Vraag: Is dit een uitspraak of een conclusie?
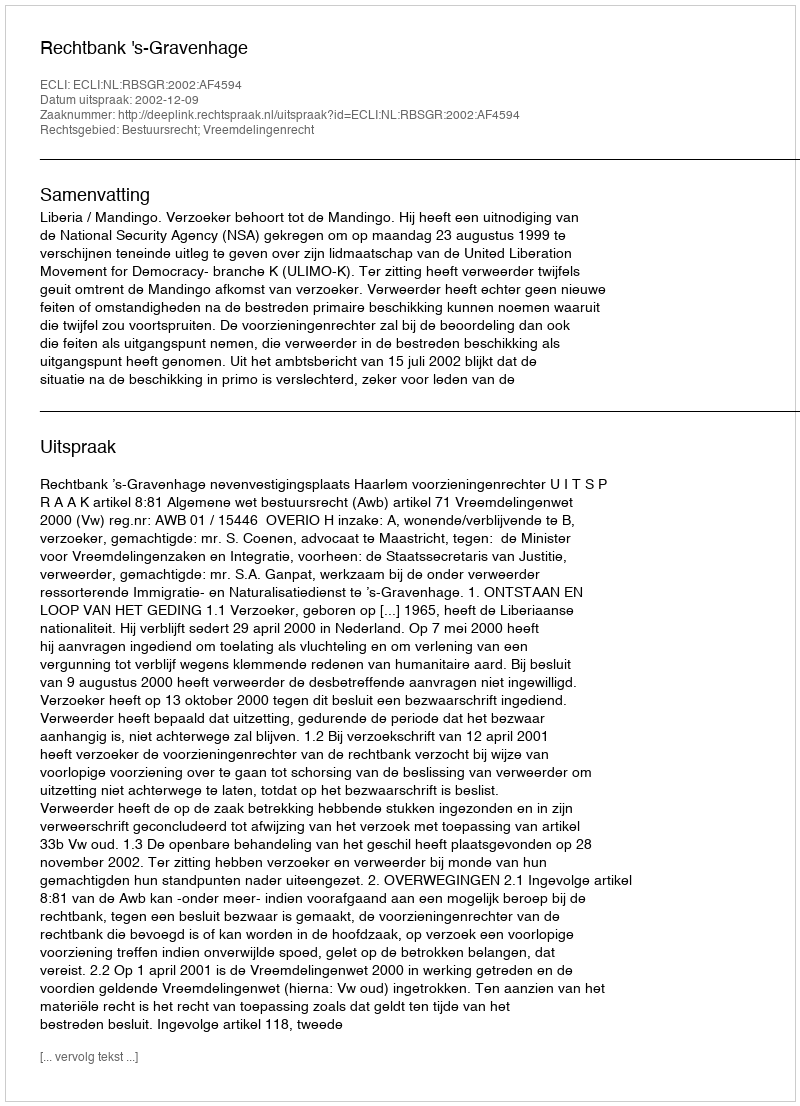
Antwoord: Uitspraak